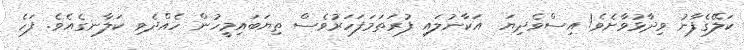
ކަލޭގެފާނު ވިދާޅުވާށެވެ! އިސްވެދިޔަ  އަކާނުލައި ފުރަތަމަފަހަރުވެސް ތިޔަބައިމީހުން ހެއްދެވި ކަލާނގެއެވެ. ފަހެ